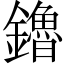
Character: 鑥